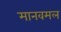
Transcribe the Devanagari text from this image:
मानवमल